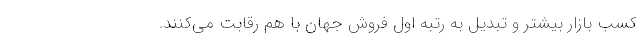
کسب بازار بیشتر و تبدیل به رتبه اول فروش جهان با هم رقابت می‌کنند.